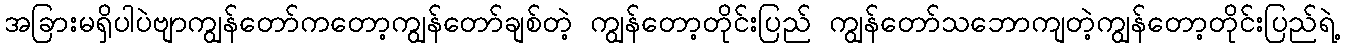
အခြားမရှိပါပဲဗျာကျွန်တော်ကတော့ကျွန်တော်ချစ်တဲ့ ကျွန်တော့တိုင်းပြည် ကျွန်တော်သဘောကျတဲ့ကျွန်တော့တိုင်းပြည်ရဲ့